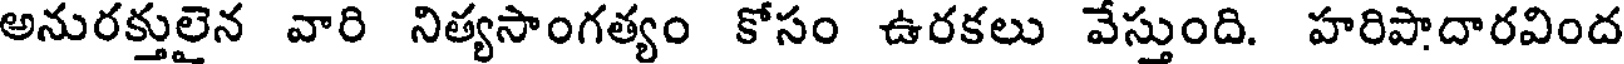
అనురక్తులైన వారి నిత్యసాంగత్యం కోసం ఉరకలు వేస్తుంది. హరిపాదారవింద